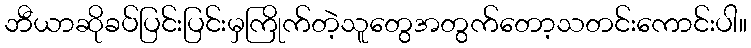
ဘီယာဆိုခပ်ပြင်းပြင်းမှကြိုက်တဲ့သူတွေအတွက်တော့သတင်းကောင်းပါ။